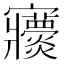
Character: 𡬖